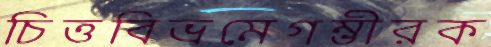
চিত্তবিভ্রমেগম্ভীরক